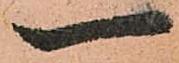
一